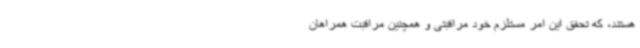
هستند، که تحقق این امر مستلزم خود مراقبتی و همچنین مراقبت همراهان